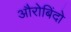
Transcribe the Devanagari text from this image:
औरोबिंदो